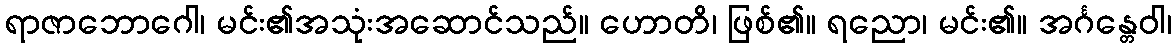
ရာဇာဘောဂေါ၊ မင်း၏အသုံးအဆောင်သည်။ ဟောတိ၊ ဖြစ်၏။ ရညော၊ မင်း၏။ အင်္ဂန္တေဝါ၊